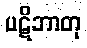
ပဋိဘာတု